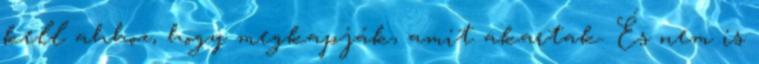
kell ahhoz, hogy megkapják, amit akartak. És nem is